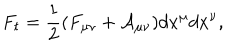
F _ { t } = \frac { 1 } { 2 } ( F _ { \mu \nu } + { \cal A } _ { \mu \nu } ) d x ^ { \mu } d x ^ { \nu } ,